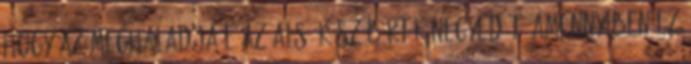
hogy az meghaladja-e az alsó küszöbérték negyedét. Amennyiben ez